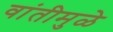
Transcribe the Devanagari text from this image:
वांतीमुळे